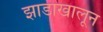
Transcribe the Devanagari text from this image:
झाडाखालून